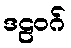
ဒဠဝဂ်